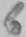
Text: 6